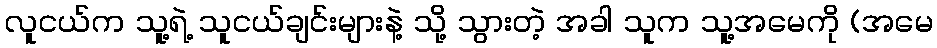
လူငယ်က သူ့ရဲ့ သူငယ်ချင်းများနဲ့ သို့ သွားတဲ့ အခါ သူက သူ့အမေကို (အမေ